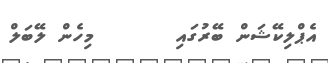
އެޕްލިކޭޝަން ބޭރުގައި       މިހެން ލޭބަލް